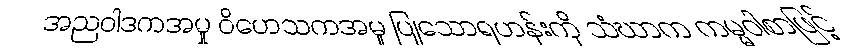
အညဝါဒကအမှု ဝိဟေသကအမှု ပြုသောရဟန်းကို သံဃာက ကမ္မဝါစာဖြင့်